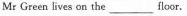
Mr Green lives on the_____iloor.